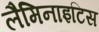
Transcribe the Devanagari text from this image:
लैमिनाइटिस